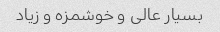
بسیار عالی و خوشمزه و زیاد